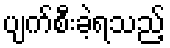
ပျက်စီးခဲ့ရသည့်